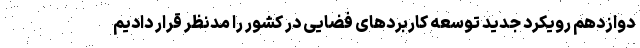
دوازدهم رویکرد جدید توسعه کاربردهای فضایی در کشور را مدنظر قرار دادیم